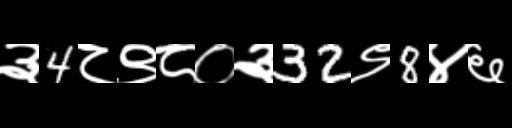
Text: ३4८९८०३32९8४६